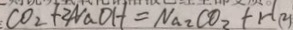
C O _ { 2 } + 2 N a O H = N a _ { 2 } C O _ { 2 } + H ( 2 )